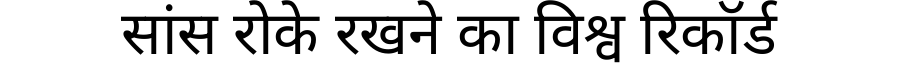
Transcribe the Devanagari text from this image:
सांस रोके रखने का विश्व रिकॉर्ड